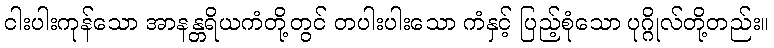
ငါးပါးကုန်သော အာနန္တရိယကံတို့တွင် တပါးပါးသော ကံနှင့် ပြည့်စုံသော ပုဂ္ဂိုလ်တို့တည်း။